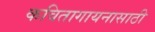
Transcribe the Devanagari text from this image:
कवितागायनासाठी